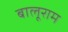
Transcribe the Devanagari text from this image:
बालूराम